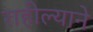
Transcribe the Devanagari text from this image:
राहील्याने